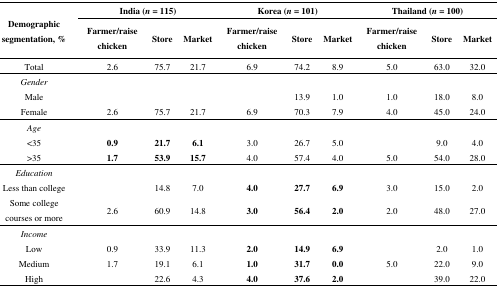
<table><thead><tr><td rowspan="2"><b>Demographic segmentation, %</b></td><td colspan="3"><b>India (<i>n</i> = 115)</b></td><td colspan="3"><b>Korea (<i>n</i> = 101)</b></td><td colspan="3"><b>Thailand (<i>n</i> = 100)</b></td></tr><tr><td><b>Farmer/raise chicken</b></td><td><b>Store</b></td><td><b>Market</b></td><td><b>Farmer/raise chicken</b></td><td><b>Store</b></td><td><b>Market</b></td><td><b>Farmer/raise chicken</b></td><td><b>Store</b></td><td><b>Market</b></td></tr></thead><tbody><tr><td>Total</td><td>2.6</td><td>75.7</td><td>21.7</td><td>6.9</td><td>74.2</td><td>8.9</td><td>5.0</td><td>63.0</td><td>32.0</td></tr><tr><td><i>Gender</i></td><td></td><td></td><td></td><td></td><td></td><td></td><td></td><td></td><td></td></tr><tr><td>Male</td><td></td><td></td><td></td><td></td><td>13.9</td><td>1.0</td><td>1.0</td><td>18.0</td><td>8.0</td></tr><tr><td>Female</td><td>2.6</td><td>75.7</td><td>21.7</td><td>6.9</td><td>70.3</td><td>7.9</td><td>4.0</td><td>45.0</td><td>24.0</td></tr><tr><td><i>Age</i></td><td></td><td></td><td></td><td></td><td></td><td></td><td></td><td></td><td></td></tr><tr><td>&lt;35</td><td><b>0.9</b></td><td><b>21.7</b></td><td><b>6.1</b></td><td>3.0</td><td>26.7</td><td>5.0</td><td></td><td>9.0</td><td>4.0</td></tr><tr><td>&gt;35</td><td><b>1.7</b></td><td><b>53.9</b></td><td><b>15.7</b></td><td>4.0</td><td>57.4</td><td>4.0</td><td>5.0</td><td>54.0</td><td>28.0</td></tr><tr><td><i>Education</i></td><td></td><td></td><td></td><td></td><td></td><td></td><td></td><td></td><td></td></tr><tr><td>Less than college</td><td></td><td>14.8</td><td>7.0</td><td><b>4.0</b></td><td><b>27.7</b></td><td><b>6.9</b></td><td>3.0</td><td>15.0</td><td>2.0</td></tr><tr><td>Some college courses or more</td><td>2.6</td><td>60.9</td><td>14.8</td><td><b>3.0</b></td><td><b>56.4</b></td><td><b>2.0</b></td><td>2.0</td><td>48.0</td><td>27.0</td></tr><tr><td><i>Income</i></td><td></td><td></td><td></td><td></td><td></td><td></td><td></td><td></td><td></td></tr><tr><td>Low</td><td>0.9</td><td>33.9</td><td>11.3</td><td><b>2.0</b></td><td><b>14.9</b></td><td><b>6.9</b></td><td></td><td>2.0</td><td>1.0</td></tr><tr><td>Medium</td><td>1.7</td><td>19.1</td><td>6.1</td><td><b>1.0</b></td><td><b>31.7</b></td><td><b>0.0</b></td><td>5.0</td><td>22.0</td><td>9.0</td></tr><tr><td>High</td><td></td><td>22.6</td><td>4.3</td><td><b>4.0</b></td><td><b>37.6</b></td><td><b>2.0</b></td><td></td><td>39.0</td><td>22.0</td></tr></tbody></table>